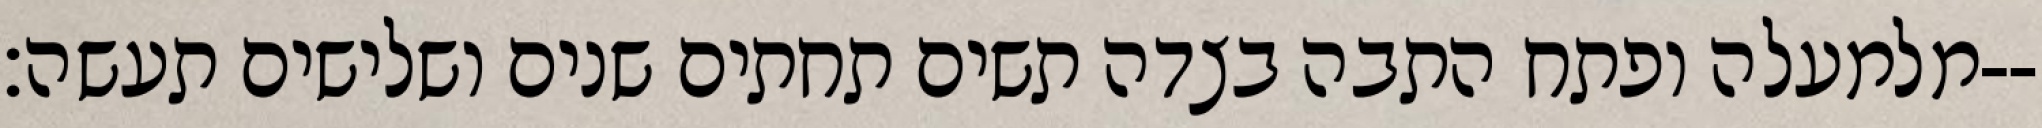
מלמעלה ופתח התבה בצדה תשים תחתים שנים ושלישים תעשה׃--